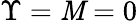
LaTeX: \Upsilon=\mathit{M}=0